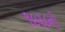
૧૯૨૮નો